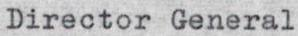
Director General